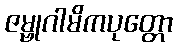
ဇမ္ဗုဂါမိကပုတ္တော